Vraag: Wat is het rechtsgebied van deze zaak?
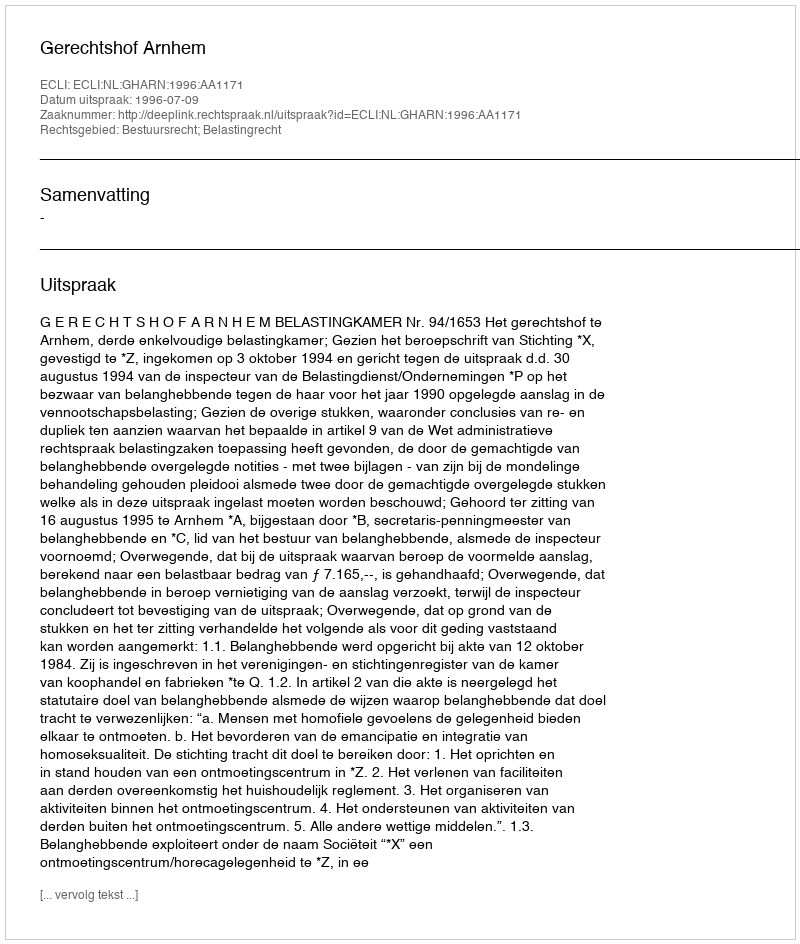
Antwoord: Bestuursrecht; Belastingrecht